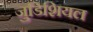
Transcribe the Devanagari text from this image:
जुडिशियल